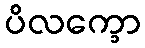
ပိလက္ခော